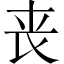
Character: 丧